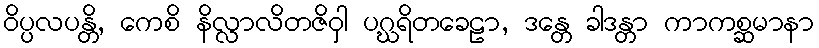
ဝိပ္ပလပန္တိ, ကေစိ နိလ္လာလိတဇိဝှါ ပဂ္ဃရိတခေဠာ, ဒန္တေ ခါဒန္တာ ကာကစ္ဆမာနာ